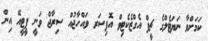
ކަމަށްވާ ނަޔަޓެލްގެ ޗީފް އެގްޒެކެޓިވް އޮފިސަރ ވައްހާޖުއް ސިރާޖް ވަނީ ޕީޓީއޭ އިން